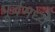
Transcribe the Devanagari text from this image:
पूर्वमध्ये